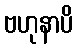
ဗဟုနာပိ